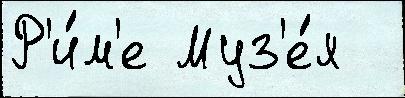
Р'и́м'е Муз'е́я